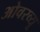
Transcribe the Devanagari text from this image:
ओवरव्यू